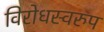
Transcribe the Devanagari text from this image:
विरोधस्वरुप